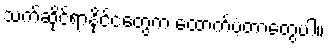
သက်ဆိုင်ရာနိုင်ငံတွေက ထောက်ပံ့တာတွေပါ။